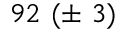
9 2 \ ( \pm \ 3 )